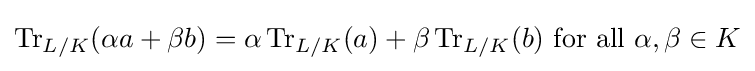
\operatorname {Tr} _{L/K}(\alpha a+\beta b)=\alpha \operatorname {Tr} _{L/K}(a)+\beta \operatorname {Tr} _{L/K}(b){\text{ for all }}\alpha ,\beta \in K